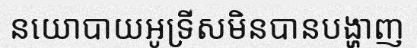
នយោបាយអូទ្រីសមិនបានបង្ហាញ